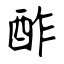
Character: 酢